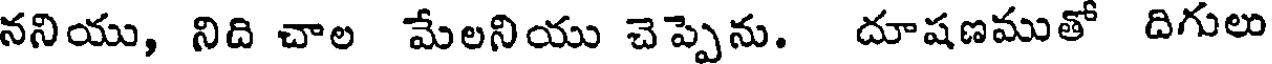
ననియు, నిది చాల మేలనియు చెప్పెను. దూషణముతో దిగులు